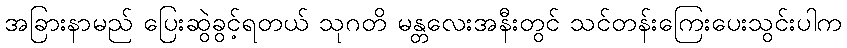
အခြားနာမည် ပြေးဆွဲခွင့်ရတယ် သုဂတိ မန္တလေးအနီးတွင် သင်တန်းကြေးပေးသွင်းပါက